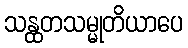
သန္ထတသမ္မုတိယာပေ